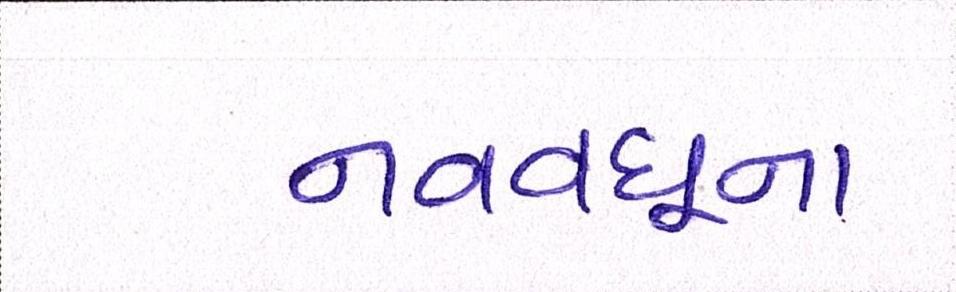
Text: નવવધૂના